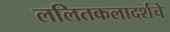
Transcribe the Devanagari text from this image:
ललितकलादर्शचे